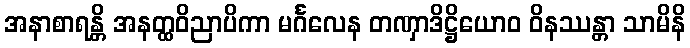
အနာစာရန္တိ အနတ္ထဝိညာပိကာ မင်္ဂလေန တဏှာဒိဋ္ဌိယောဝ ဝိနဿန္တာ သာမိနိ